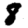
Digit: 8